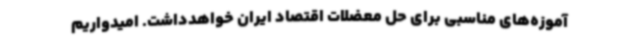
آموزه‌های مناسبی برای حل معضلات اقتصاد ایران خواهدداشت. امیدواریم